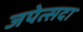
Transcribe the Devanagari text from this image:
जपेत्सदा